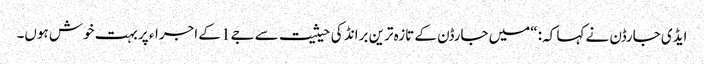
ایڈی جارڈن نے کہا کہ: “میں جارڈن کے تازہ ترین برانڈ کی حیثیت سے جے1 کے اجراء پر بہت خوش ہوں۔